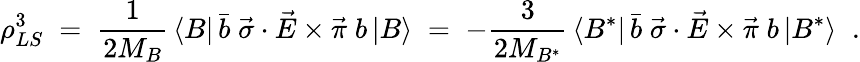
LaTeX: \rho_{LS}^{3}\; =\; \frac{1}{2M_{B}}\, \langle B|\, \bar{b}\; \vec{\sigma}\cdot\vec{E}\times\vec{\pi}\; b\, |B\rangle\; =\; -\frac{3}{2M_{B^{*}}}\, \langle B^{*}|\, \bar{b}\; \vec{\sigma}\cdot\vec{E}\times\vec{\pi}\; b\, |B^{*}\rangle\; \; .